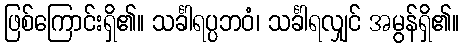
ဖြစ်ကြောင်းရှိ၏။ သင်္ခါရပ္ပဘဝံ၊ သင်္ခါရလျှင် အမွန်ရှိ၏။